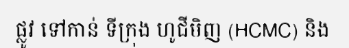
ផ្លូវ ទៅកាន់ ទីក្រុង ហូជីមិញ (HCMC) និង